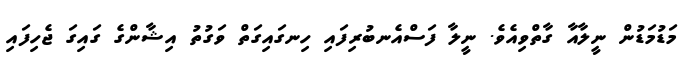
މަޑުމަޑުން ނީލާއާ ގާތްވިއެވެ. ނީލާ ފަސްއެނބުރިފައި ހިނގައިގަތް ވަގުތު އިޝާންގެ ގައިގަ ޖެހިފައި